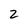
Character: 2